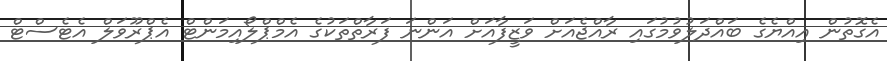
އެގޮތުން އިއްޔެގެ ބައްދަލުވުމުގައި ރާއްޖެއަށް ވަޒީފާއަށް އަންނަ ފަރާތްތަކުގެ އެމްޕްލޯއިމަންޓް އެޕްރޫވަލް އެޓެސްޓް